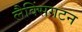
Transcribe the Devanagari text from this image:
लैक्सिंगटन